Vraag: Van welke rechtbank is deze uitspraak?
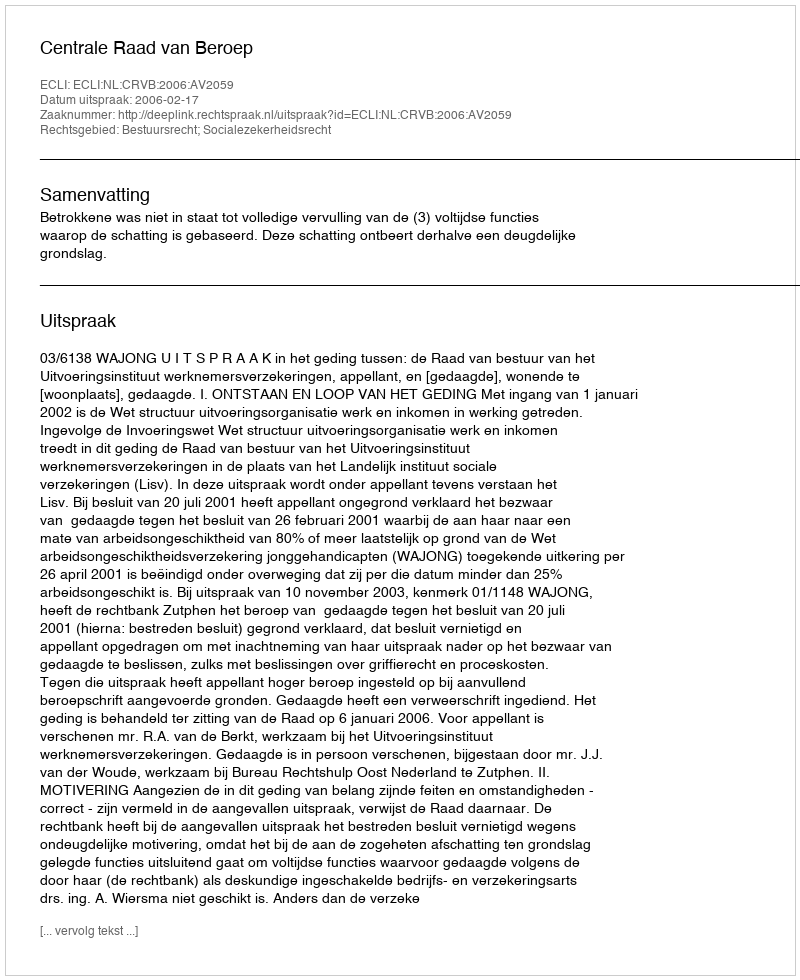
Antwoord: Centrale Raad van Beroep